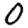
Digit: 0